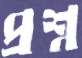
প্রশ্ন